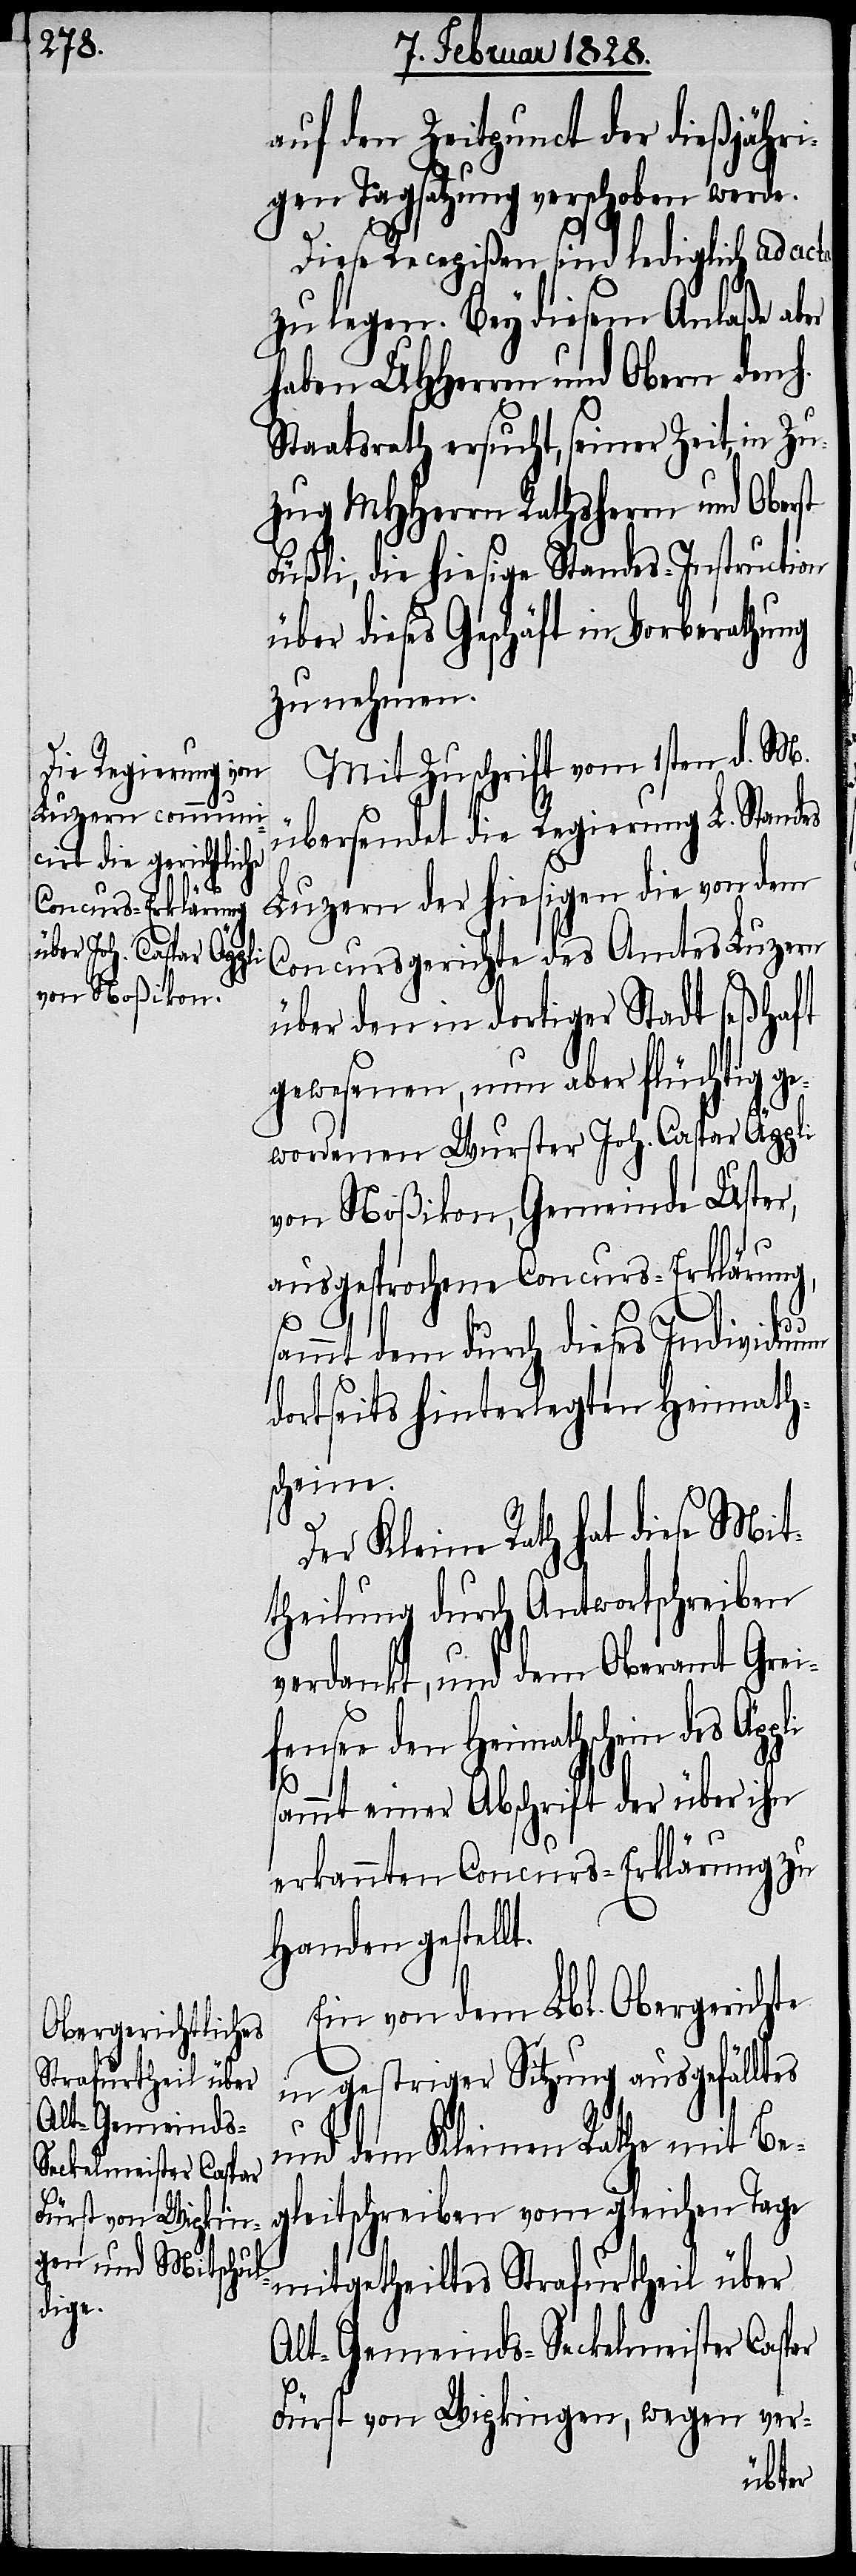
auf den Zeitpunct der dießjähri¬
gen Tagsatzung verschoben werde.
Diese Recepißen sind lediglich ad acta
zu legen. Bey diesem Anlaße aber
haben UHHerren und Obern den
Staatsrath ersucht, seiner Zeit, in Zu¬
zug MHHerrn Rathsherrn und Oberst
Füßli, die hiesige Standes-Instruction
über dieses Geschäft in Vorberathung
zu nehmen.
Mit Zuschrift vom 1sten d. M.
übersendet die Regierung L. Standes
Luzern der hiesigen die von dem
Concursgerichte des Amtes Luzern
über den in dortiger Stadt seßhaft
gewesenen, nun aber flüchtig ge¬
wordenen Wurster Joh. Caspar Äppli
von Noßikon, Gemeinde Uster,
ausgesprochene Concurs-Erklärung,
h.
sammt dem durch dieses Individuum
dortseits hinterlegten Heimath¬
scheine.
Der Kleine Rath hat diese Mit¬
theilung durch Antwortschreiben
verdankt, und dem Oberamt Grei¬
fensee den Heimathschein des Äppli
sammt einer Abschrift der über ihn
erkannten Concurs-Erklärung zu
Handen gestellt.
Ein von dem Lbl. Obergerichte
Strafurtheil über
in gestriger Sitzung ausgefälltes
und dem Kleinen Rathe mit Be¬
gleitschreiben vom gleichen Tage
Alt-Gemeinds-Seckelmeister Caspar
Fürst von Wipkingen, wegen ver-